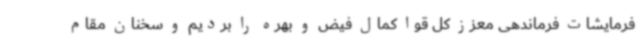
فرمایشات فرماندهی معزز کل قوا کمال فیض و بهره را بردیم و سخنان مقام